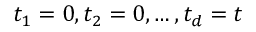
t _ { 1 } = 0 , t _ { 2 } = 0 , \ldots , t _ { d } = t